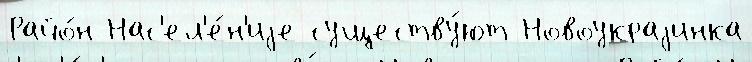
Райо́н Нас'ел'е́н'иjе существу́ют Новоукраjинка